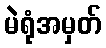
မဲရုံအမှတ်